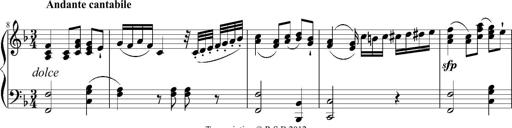
Title: 12 Sonatinas for Piano
Composer: Johann Baptist Vanhal